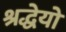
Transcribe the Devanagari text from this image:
श्रद्धेयो